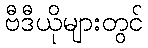
ဗီဒီယိုများတွင်